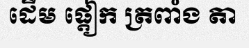
ដើម ផ្តៀក ត្រពាំង តា